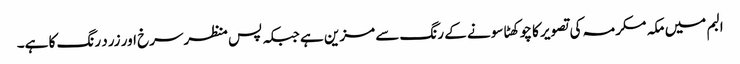
البم میں مکہ مکرمہ کی تصویر کا چوکھٹا سونے کے رنگ سے مزین ہے جبکہ پس منظرسرخ اور زرد رنگ کا ہے۔